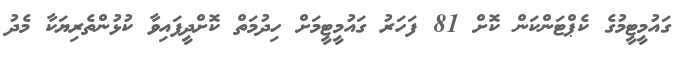
ގައުމީޓީމުގެ ކެޕްޓަންކަން ކޮށް 81 ފަހަރު ގައުމީޓީމަށް ހިދުމަތް ކޮށްދީފައިވާ ކުޅުންތެރިޔަކާ މެދު